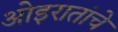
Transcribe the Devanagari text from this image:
ओइरातांचे